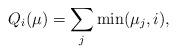
LaTeX: \begin{align*} Q_i(\mu)=\sum_j \min(\mu_j,i),\end{align*}